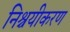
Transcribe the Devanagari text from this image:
निश्चयीकरण